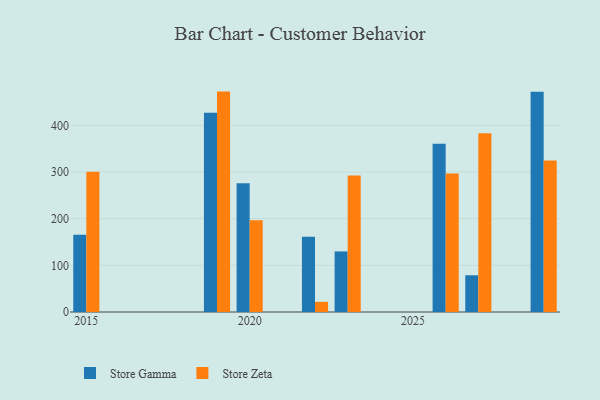
{"axis": {"x": "Year", "y": "Market Share (%)"}, "legend": ["Store Gamma", "Store Zeta"], "data": [{"x": "2027", "y": 78.7, "type": "Store Gamma"}, {"x": "2027", "y": 383.2, "type": "Store Zeta"}, {"x": "2029", "y": 472.0, "type": "Store Gamma"}, {"x": "2029", "y": 324.8, "type": "Store Zeta"}, {"x": "2020", "y": 275.8, "type": "Store Gamma"}, {"x": "2020", "y": 196.8, "type": "Store Zeta"}, {"x": "2022", "y": 161.0, "type": "Store Gamma"}, {"x": "2022", "y": 21.8, "type": "Store Zeta"}, {"x": "2015", "y": 165.4, "type": "Store Gamma"}, {"x": "2015", "y": 300.7, "type": "Store Zeta"}, {"x": "2019", "y": 427.2, "type": "Store Gamma"}, {"x": "2019", "y": 472.3, "type": "Store Zeta"}, {"x": "2026", "y": 360.4, "type": "Store Gamma"}, {"x": "2026", "y": 296.8, "type": "Store Zeta"}, {"x": "2023", "y": 129.8, "type": "Store Gamma"}, {"x": "2023", "y": 292.3, "type": "Store Zeta"}]}